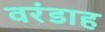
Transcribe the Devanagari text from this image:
वरंडाह